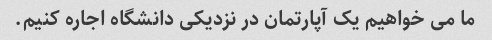
ما می خواهیم یک آپارتمان در نزدیکی دانشگاه اجاره کنیم.